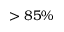
> 8 5 \%